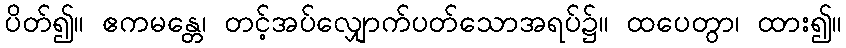
ပိတ်၍။ ဧကမန္တေ၊ တင့်အပ်လျှောက်ပတ်သောအရပ်၌။ ထပေတွာ၊ ထား၍။